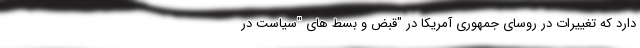
دارد که تغییرات در روسای جمهوری آمریکا در "قبض و بسط های "سیاست در